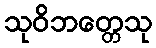
သုဝိဘတ္တေသု